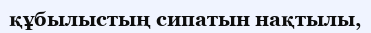
құбылыстың сипатын нақтылы,